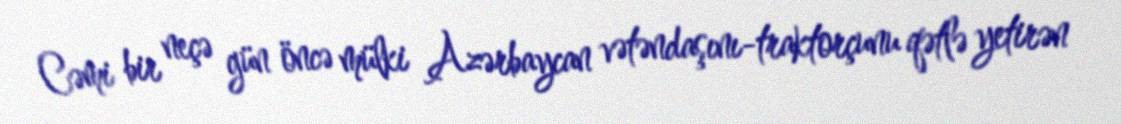
Cəmi bir neçə gün öncə mülki Azərbaycan vətəndaşını-traktorçunu qətlə yetirən